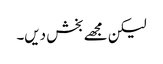
لیکن مجھے بخش دیں۔